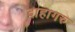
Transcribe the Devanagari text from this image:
दाहागरु